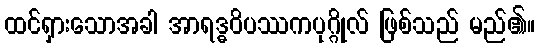
ထင်ရှားသောအခါ အာရဒ္ဓဝိပဿကပုဂ္ဂိုလ် ဖြစ်သည် မည်၏။